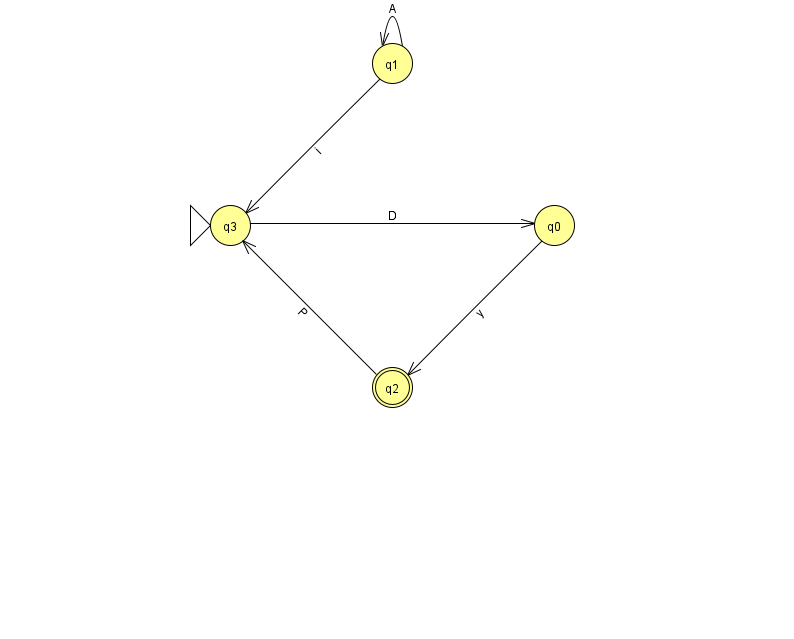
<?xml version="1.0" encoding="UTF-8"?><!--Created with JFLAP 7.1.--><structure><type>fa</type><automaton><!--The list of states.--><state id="0" name="q0"><x>554.0</x><y>212.0</y></state><state id="1" name="q1"><x>392.0</x><y>50.0</y></state><state id="2" name="q2"><x>392.0</x><y>374.0</y><final/></state><state id="3" name="q3"><x>230.0</x><y>212.0</y><initial/></state><!--The list of transitions.--><transition><from>1</from><to>1</to><read>A</read></transition><transition><from>2</from><to>3</to><read>P</read></transition><transition><from>0</from><to>2</to><read>y</read></transition><transition><from>1</from><to>3</to><read>i</read></transition><transition><from>3</from><to>0</to><read>D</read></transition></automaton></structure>